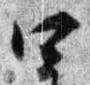
四